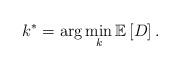
LaTeX: \begin{align*}k^{*}=\arg\min_{k}\mathbb{E}\left[D\right].\end{align*}